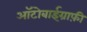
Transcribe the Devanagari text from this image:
आॅटोबाईग्राफ़ी